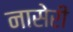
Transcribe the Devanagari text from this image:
नासेरी